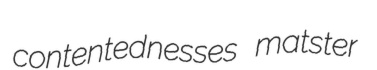
contentednesses matster